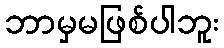
ဘာမှမဖြစ်ပါဘူး